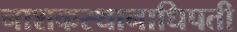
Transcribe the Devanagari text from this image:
नाशकस्थानाधिपती